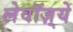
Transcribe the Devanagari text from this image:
लेवॉज़्ये